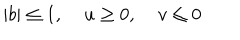
LaTeX: | b | \leq 1 , \; u \geq 0 , \; v \leq 0 \nonumber